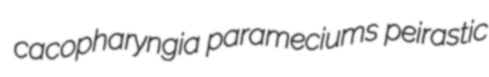
cacopharyngia parameciums peirastic